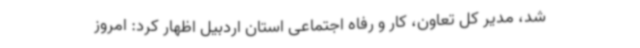
شد، مدیر کل تعاون، کار و رفاه اجتماعی استان اردبیل اظهار کرد: امروز